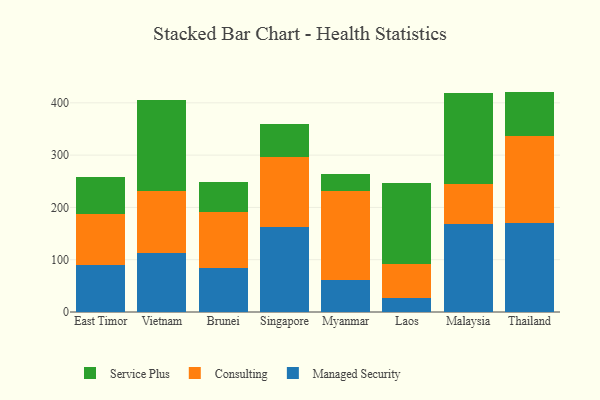
{"axis": {"x": "Country", "y": "Conversion Rate (%)"}, "legend": ["Consulting", "Managed Security", "Service Plus"], "data": [{"x": "East Timor", "y": 90.3, "type": "Managed Security"}, {"x": "East Timor", "y": 97.3, "type": "Consulting"}, {"x": "East Timor", "y": 70.6, "type": "Service Plus"}, {"x": "Vietnam", "y": 112.7, "type": "Managed Security"}, {"x": "Vietnam", "y": 118.6, "type": "Consulting"}, {"x": "Vietnam", "y": 173.5, "type": "Service Plus"}, {"x": "Brunei", "y": 84.8, "type": "Managed Security"}, {"x": "Brunei", "y": 106.9, "type": "Consulting"}, {"x": "Brunei", "y": 56.2, "type": "Service Plus"}, {"x": "Singapore", "y": 162.2, "type": "Managed Security"}, {"x": "Singapore", "y": 133.8, "type": "Consulting"}, {"x": "Singapore", "y": 62.8, "type": "Service Plus"}, {"x": "Myanmar", "y": 62.1, "type": "Managed Security"}, {"x": "Myanmar", "y": 168.8, "type": "Consulting"}, {"x": "Myanmar", "y": 33.3, "type": "Service Plus"}, {"x": "Laos", "y": 26.4, "type": "Managed Security"}, {"x": "Laos", "y": 65.0, "type": "Consulting"}, {"x": "Laos", "y": 154.6, "type": "Service Plus"}, {"x": "Malaysia", "y": 169.2, "type": "Managed Security"}, {"x": "Malaysia", "y": 76.5, "type": "Consulting"}, {"x": "Malaysia", "y": 173.9, "type": "Service Plus"}, {"x": "Thailand", "y": 169.7, "type": "Managed Security"}, {"x": "Thailand", "y": 167.7, "type": "Consulting"}, {"x": "Thailand", "y": 84.1, "type": "Service Plus"}]}